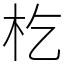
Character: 杚